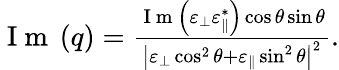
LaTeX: \begin{array}{r}{\mathrm{~I~m~}\left(q\right)=\frac{\mathrm{~I~m~}\left(\varepsilon_{\perp}\varepsilon_{\parallel}^{*}\right)\cos\theta\sin\theta}{\left|\varepsilon_{\perp}\cos^{2}\theta+\varepsilon_{\parallel}\sin^{2}\theta\right|^{2}}.}\end{array}